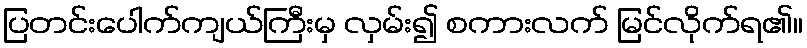
ပြတင်းပေါက်ကျယ်ကြီးမှ လှမ်း၍ စကားလက် မြင်လိုက်ရ၏။